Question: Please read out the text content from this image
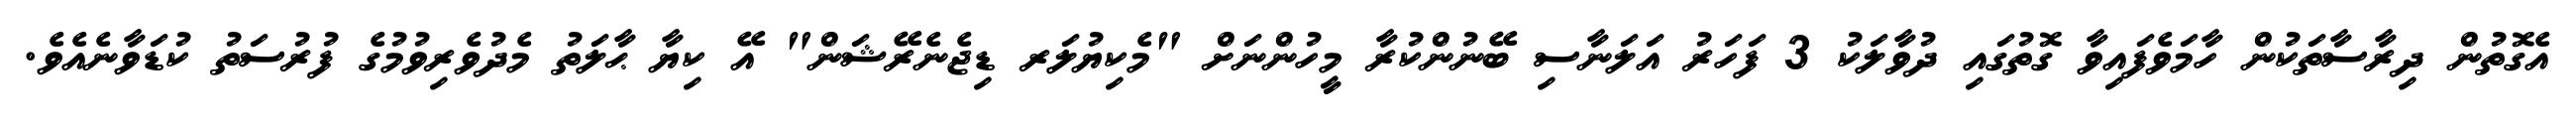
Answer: އެގޮތުން ދިރާސާތަކުން ހާމަވެފައިވާ ގޮތުގައި ދުވާލަކު 3 ފަހަރު އަލަނާސި ބޭނުންކުރާ މީހުންނަށް "މެކިޔުލަރ ޑިޖެނެރޭޝަން" އޭ ކިޔާ ޙާލަތު މެދުވެރިވުމުގެ ފުރުސަތު ކުޑަވާނެއެވެ.